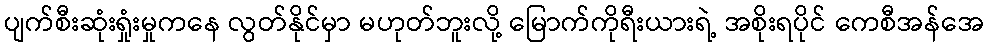
ပျက်စီးဆုံးရှုံးမှုကနေ လွတ်နိုင်မှာ မဟုတ်ဘူးလို့ မြောက်ကိုရီးယားရဲ့ အစိုးရပိုင် ကေစီအန်အေ